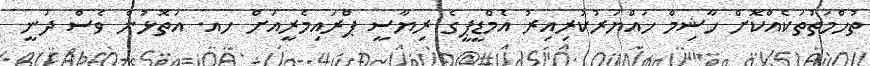
ތުހްމަތުތަކެއްކޮށް ހާޝިމް ހައްޔަރުކުރިއިރު އެމްޑީޕީގެ ރިޔާސީ ޕްރައިމެރީއަށް ހއ. އަތޮޅުން ވެސް ދަނީ